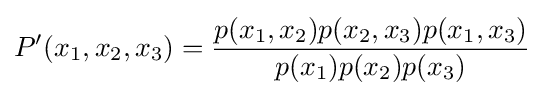
P^{\prime }(x_{1},x_{2},x_{3})={\frac {p(x_{1},x_{2})p(x_{2},x_{3})p(x_{1},x_{3})}{p(x_{1})p(x_{2})p(x_{3})}}